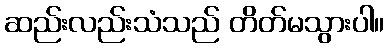
ဆည်းလည်းသံသည် တိတ်မသွားပါ။